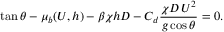
\tan \theta - \mu _ { b } ( U , h ) - \beta \chi h D - C _ { d } \frac { \chi D \, U ^ { 2 } } { g \cos \theta } = 0 .